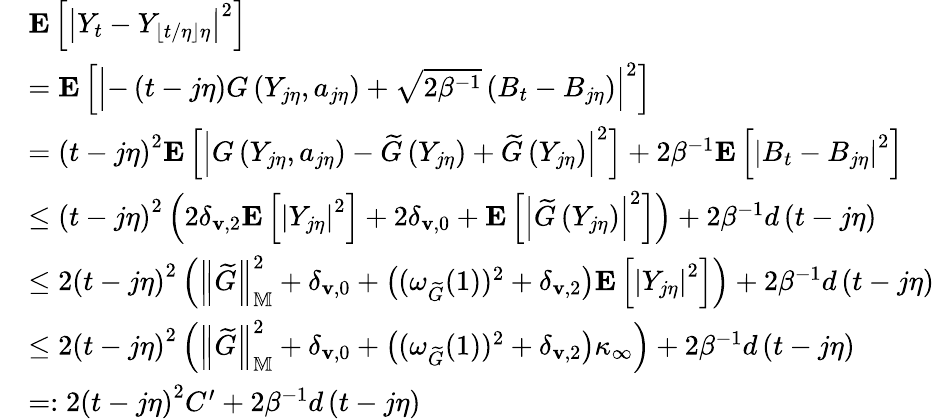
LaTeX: \begin{array}{rl}&{\mathbf{E}\left[\left|Y_{t}-Y_{\lfloor t/\eta\rfloor\eta}\right|^{2}\right]}\\ &{=\mathbf{E}\left[\left|-\left(t-j\eta\right)G\left(Y_{j\eta},a_{j\eta}\right)+\sqrt{2\beta^{-1}}\left(B_{t}-B_{j\eta}\right)\right|^{2}\right]}\\ &{=\left(t-j\eta\right)^{2}\mathbf{E}\left[\left|G\left(Y_{j\eta},a_{j\eta}\right)-\widetilde{G}\left(Y_{j\eta}\right)+\widetilde{G}\left(Y_{j\eta}\right)\right|^{2}\right]+2\beta^{-1}\mathbf{E}\left[\left|B_{t}-B_{j\eta}\right|^{2}\right]}\\ &{\le\left(t-j\eta\right)^{2}\left(2\delta_{\mathbf{v},2}\mathbf{E}\left[\left|Y_{j\eta}\right|^{2}\right]+2\delta_{\mathbf{v},0}+\mathbf{E}\left[\left|\widetilde{G}\left(Y_{j\eta}\right)\right|^{2}\right]\right)+2\beta^{-1}d\left(t-j\eta\right)}\\ &{\le 2\left(t-j\eta\right)^{2}\left(\left\| \widetilde{G}\right\| _{\mathbb{M}}^{2}+\delta_{\mathbf{v},0}+\left((\omega_{\widetilde{G}}(1))^{2}+\delta_{\mathbf{v},2}\right)\mathbf{E}\left[\left|Y_{j\eta}\right|^{2}\right]\right)+2\beta^{-1}d\left(t-j\eta\right)}\\ &{\le 2\left(t-j\eta\right)^{2}\left(\left\| \widetilde{G}\right\| _{\mathbb{M}}^{2}+\delta_{\mathbf{v},0}+\left((\omega_{\widetilde{G}}(1))^{2}+\delta_{\mathbf{v},2}\right)\kappa_{\infty}\right)+2\beta^{-1}d\left(t-j\eta\right)}\\ &{=:2\left(t-j\eta\right)^{2}C^{\prime}+2\beta^{-1}d\left(t-j\eta\right)}\end{array}